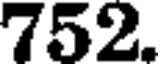
752.